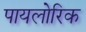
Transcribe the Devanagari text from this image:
पायलोरिक